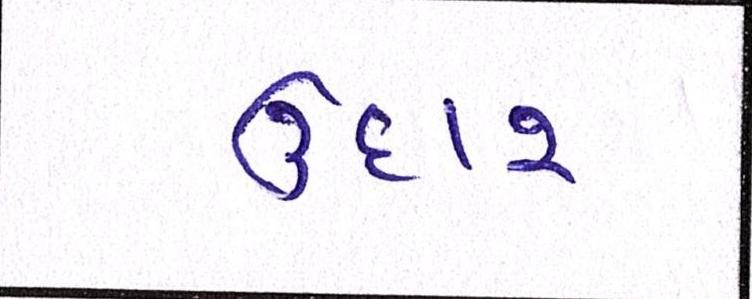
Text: ઉદાર